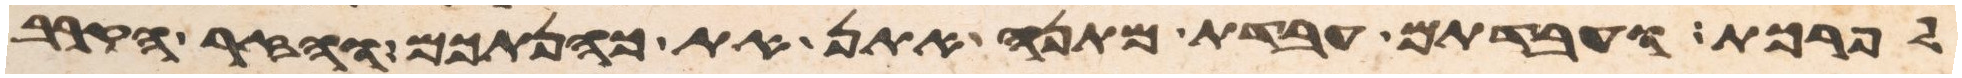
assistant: לפרכת ועבדתם עבדת מתנה אתן את כהנתכם והזר הקרב